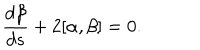
\frac { d \beta } { d s } + 2 [ \alpha , \beta ] = 0 .